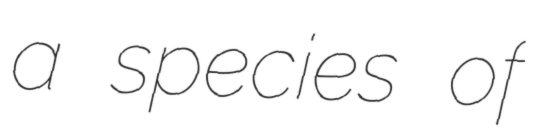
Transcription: a species of